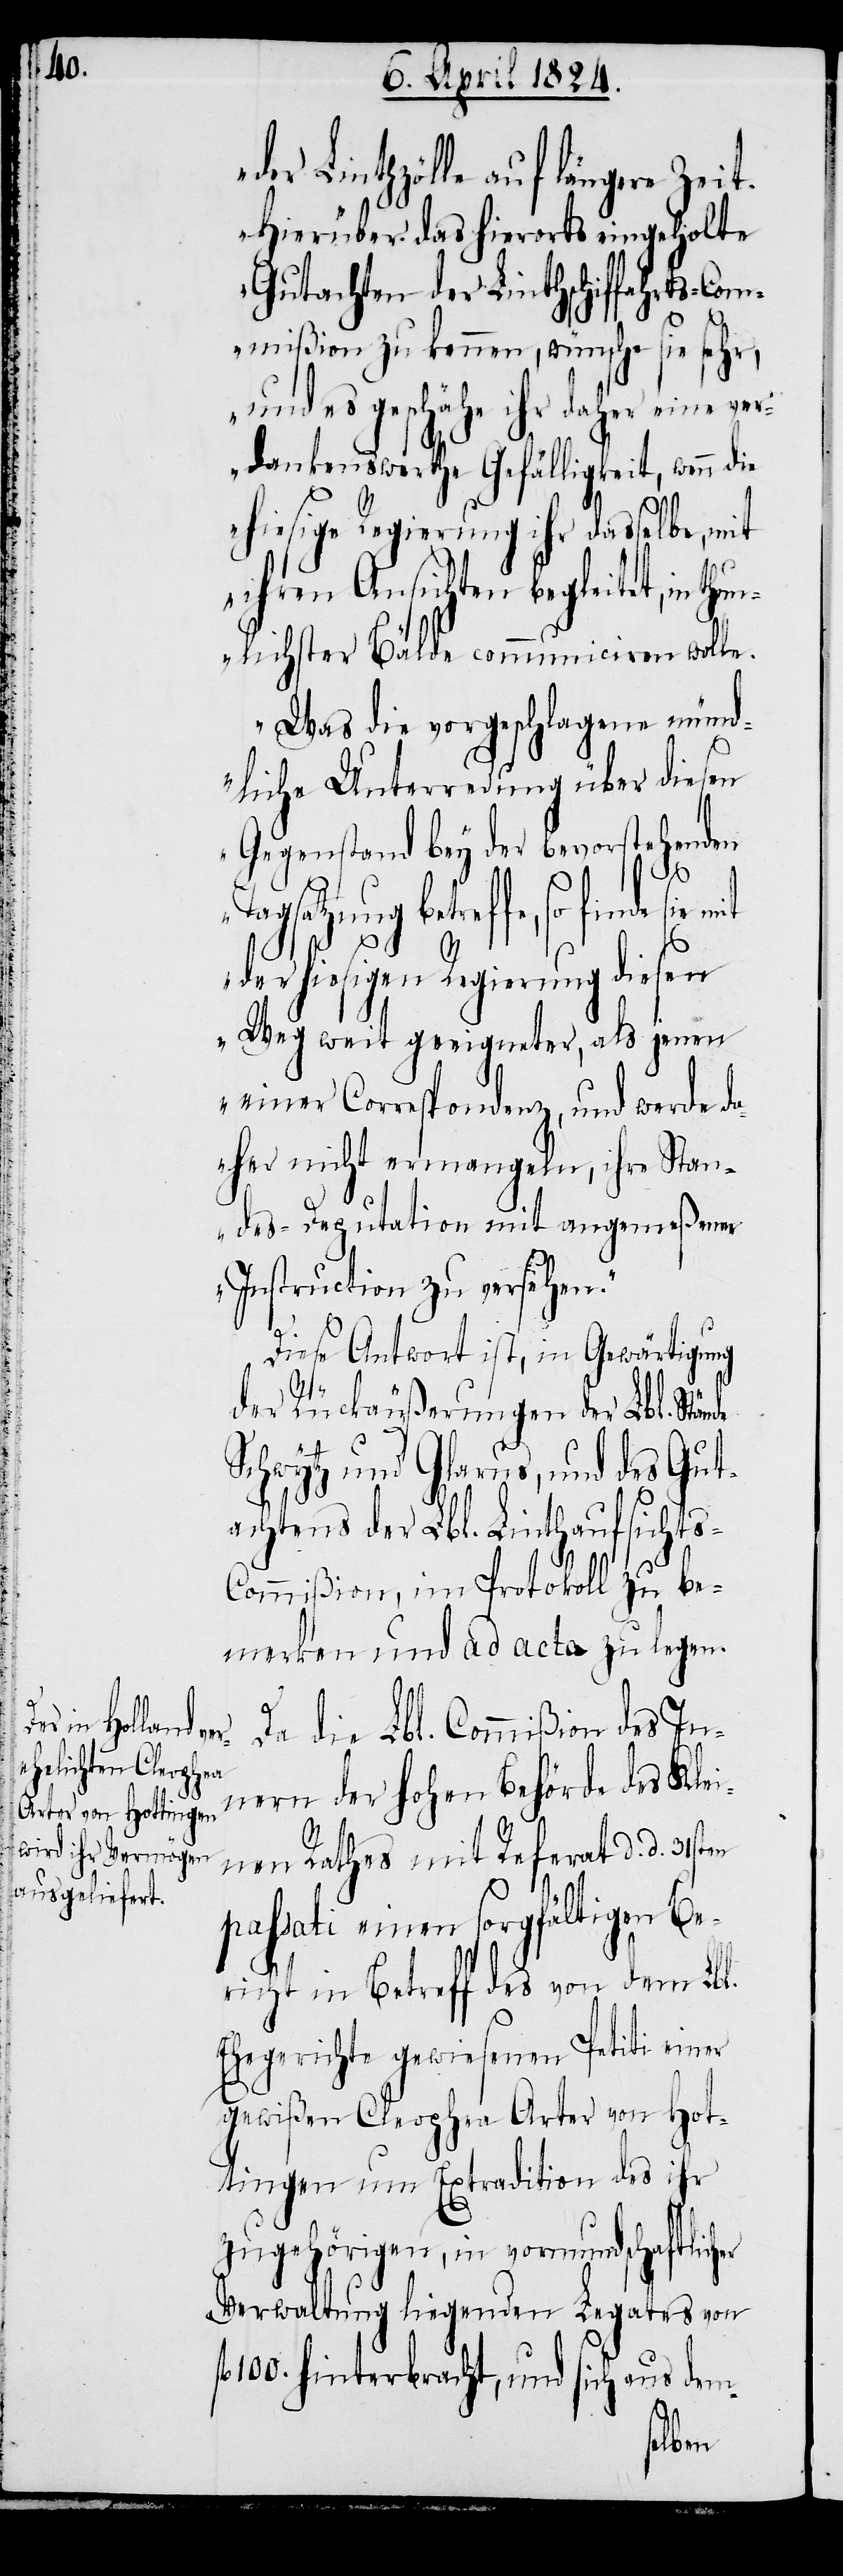
der Linthzölle auf längere Zeit
hierüber das hierorts eingeholte
Gutachten der Linthschiffahrts-Com¬
mißion zu kennen, wünsche sie sehr,
und es geschähe ihr daher eine ver¬
dankenswerthe Gefälligkeit, wenn die
hiesige Regierung ihr dasselbe, mit
ihren Ansichten begleitet, in th¬
unlichster Bälde communiciren wolle.
Was die vorgeschlagene münd¬
liche Unterredung über diesen
Gegenstand bey der bevorstehenden
mit
Tagsatzung betreffe, so finde sie
der hiesigen Regierung diesen
Weg weit geeigneter, als jenen
einer Correspondenz, und werde da¬
her nicht ermangeln, ihre Stan¬
des-Deputation mit angemeßener
Instruction zu versehen.“
Diese Antwort ist, in Gewärtigung
der Rückäußerungen der Lbl. Stände
Schwytz und Glarus, und des Gut¬
achtens der Lbl. Linthaufsicht¬
s-Commißion, im Protokoll zu be¬
merken und ad acta zu legen.
Da die Lbl. Commißion des In¬
nern der hohen Behörde des Klei¬
nen Rathes mit Referat d. d. 31sten
passati einen sorgfältigen Be¬
richt in Betreff des von dem Lbl.
Ehegerichte gewiesenen Petiti einer
gewißen Cleophea Arter von Hot¬
tingen um Extradition des ihr
zugehörigen, in vormundschaftlicher
Verwaltung liegenden Legates von
100. hinterbracht, und sich aus dem-